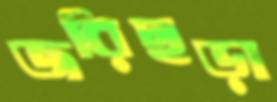
জরিছড়া